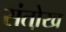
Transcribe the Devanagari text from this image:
संतो़ख